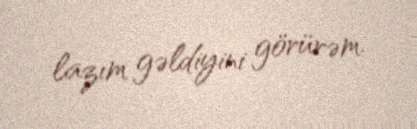
lazım gəldiyini görürəm.